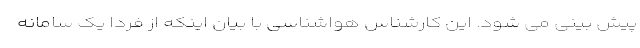
پیش بینی می شود. این کارشناس هواشناسی با بیان اینکه از فردا یک سامانه